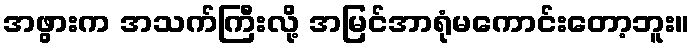
အဖွားက အသက်ကြီးလို့ အမြင်အာရုံမကောင်းတော့ဘူး။